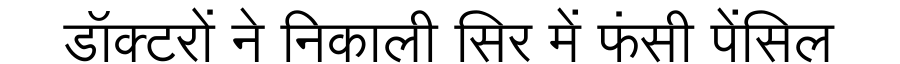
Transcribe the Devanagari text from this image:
डॉक्टरों ने निकाली सिर में फंसी पेंसिल